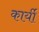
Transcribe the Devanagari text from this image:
कार्यी